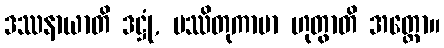
ဒဿနာယာတိ ဒဋ္ဌုံ, ပဿိတုကာမာ ဟုတွာတိ အတ္ထော။